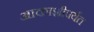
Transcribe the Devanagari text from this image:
आकाशीपर्यंत